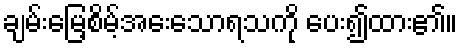
ချမ်းမြေ့စိမ့်အေးသောရသကို ပေး၍ထား၏။